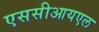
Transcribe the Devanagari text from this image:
एससीआयएल